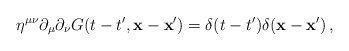
\begin{align*}\eta^{\mu\nu}\partial_{\mu}\partial_{\nu} G(t-t',{\bf x - x'})=\delta(t-t')\delta({\bf x - x'})\,,\end{align*}